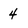
Character: 4